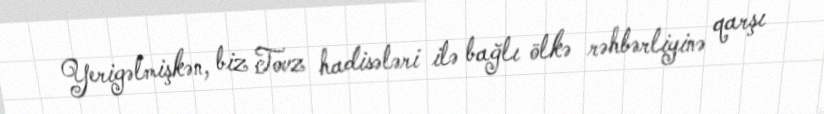
Yerigəlmişkən, biz Tovz hadisələri ilə bağlı ölkə rəhbərliyinə qarşı